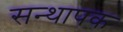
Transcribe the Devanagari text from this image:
सन्थापक